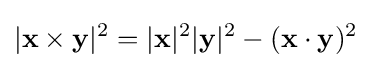
|\mathbf {x} \times \mathbf {y} |^{2}=|\mathbf {x} |^{2}|\mathbf {y} |^{2}-(\mathbf {x} \cdot \mathbf {y} )^{2}